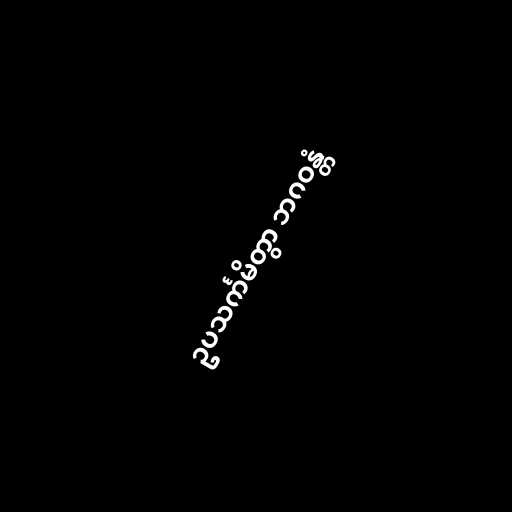
ဥပသင်္ကမိတွာ ဘဂဝန္တံ